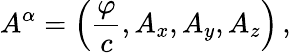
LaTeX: A^{\alpha}=\left({\frac{\varphi}{c}},A_{x},A_{y},A_{z}\right)\, ,